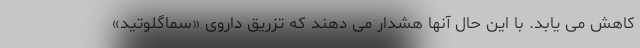
کاهش می یابد. با این حال آنها هشدار می دهند که تزریق داروی «سماگلوتید»